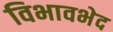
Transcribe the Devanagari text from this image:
विभावभेद